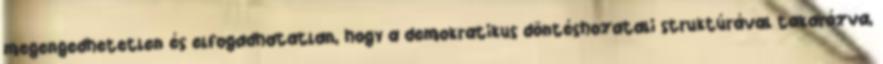
megengedhetetlen és elfogadhatatlan, hogy a demokratikus döntéshozatali struktúrával takarózva,